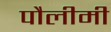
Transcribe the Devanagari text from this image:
पौलीमी